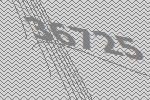
36725